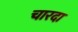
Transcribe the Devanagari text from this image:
चारदा